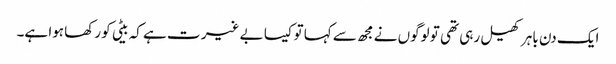
ایک دن باہر کھیل رہی تھی تو لوگوں نے مجھ سے کہا توکیسا بے غیر ت ہے کہ بیٹی کو رکھا ہوا ہے۔